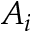
A _ { i }